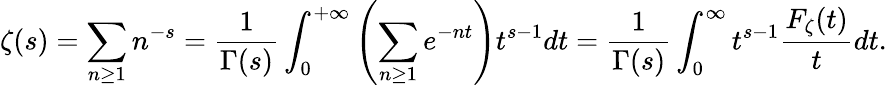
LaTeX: \zeta(s)=\sum_{n\geq 1}n^{-s}={\frac{1}{\Gamma(s)}}\int_{0}^{+\infty}\left(\sum_{n\geq 1}e^{-nt}\right)t^{s-1}dt={\frac{1}{\Gamma(s)}}\int_{0}^{\infty}t^{s-1}{\frac{F_{\zeta}(t)}{t}}dt.